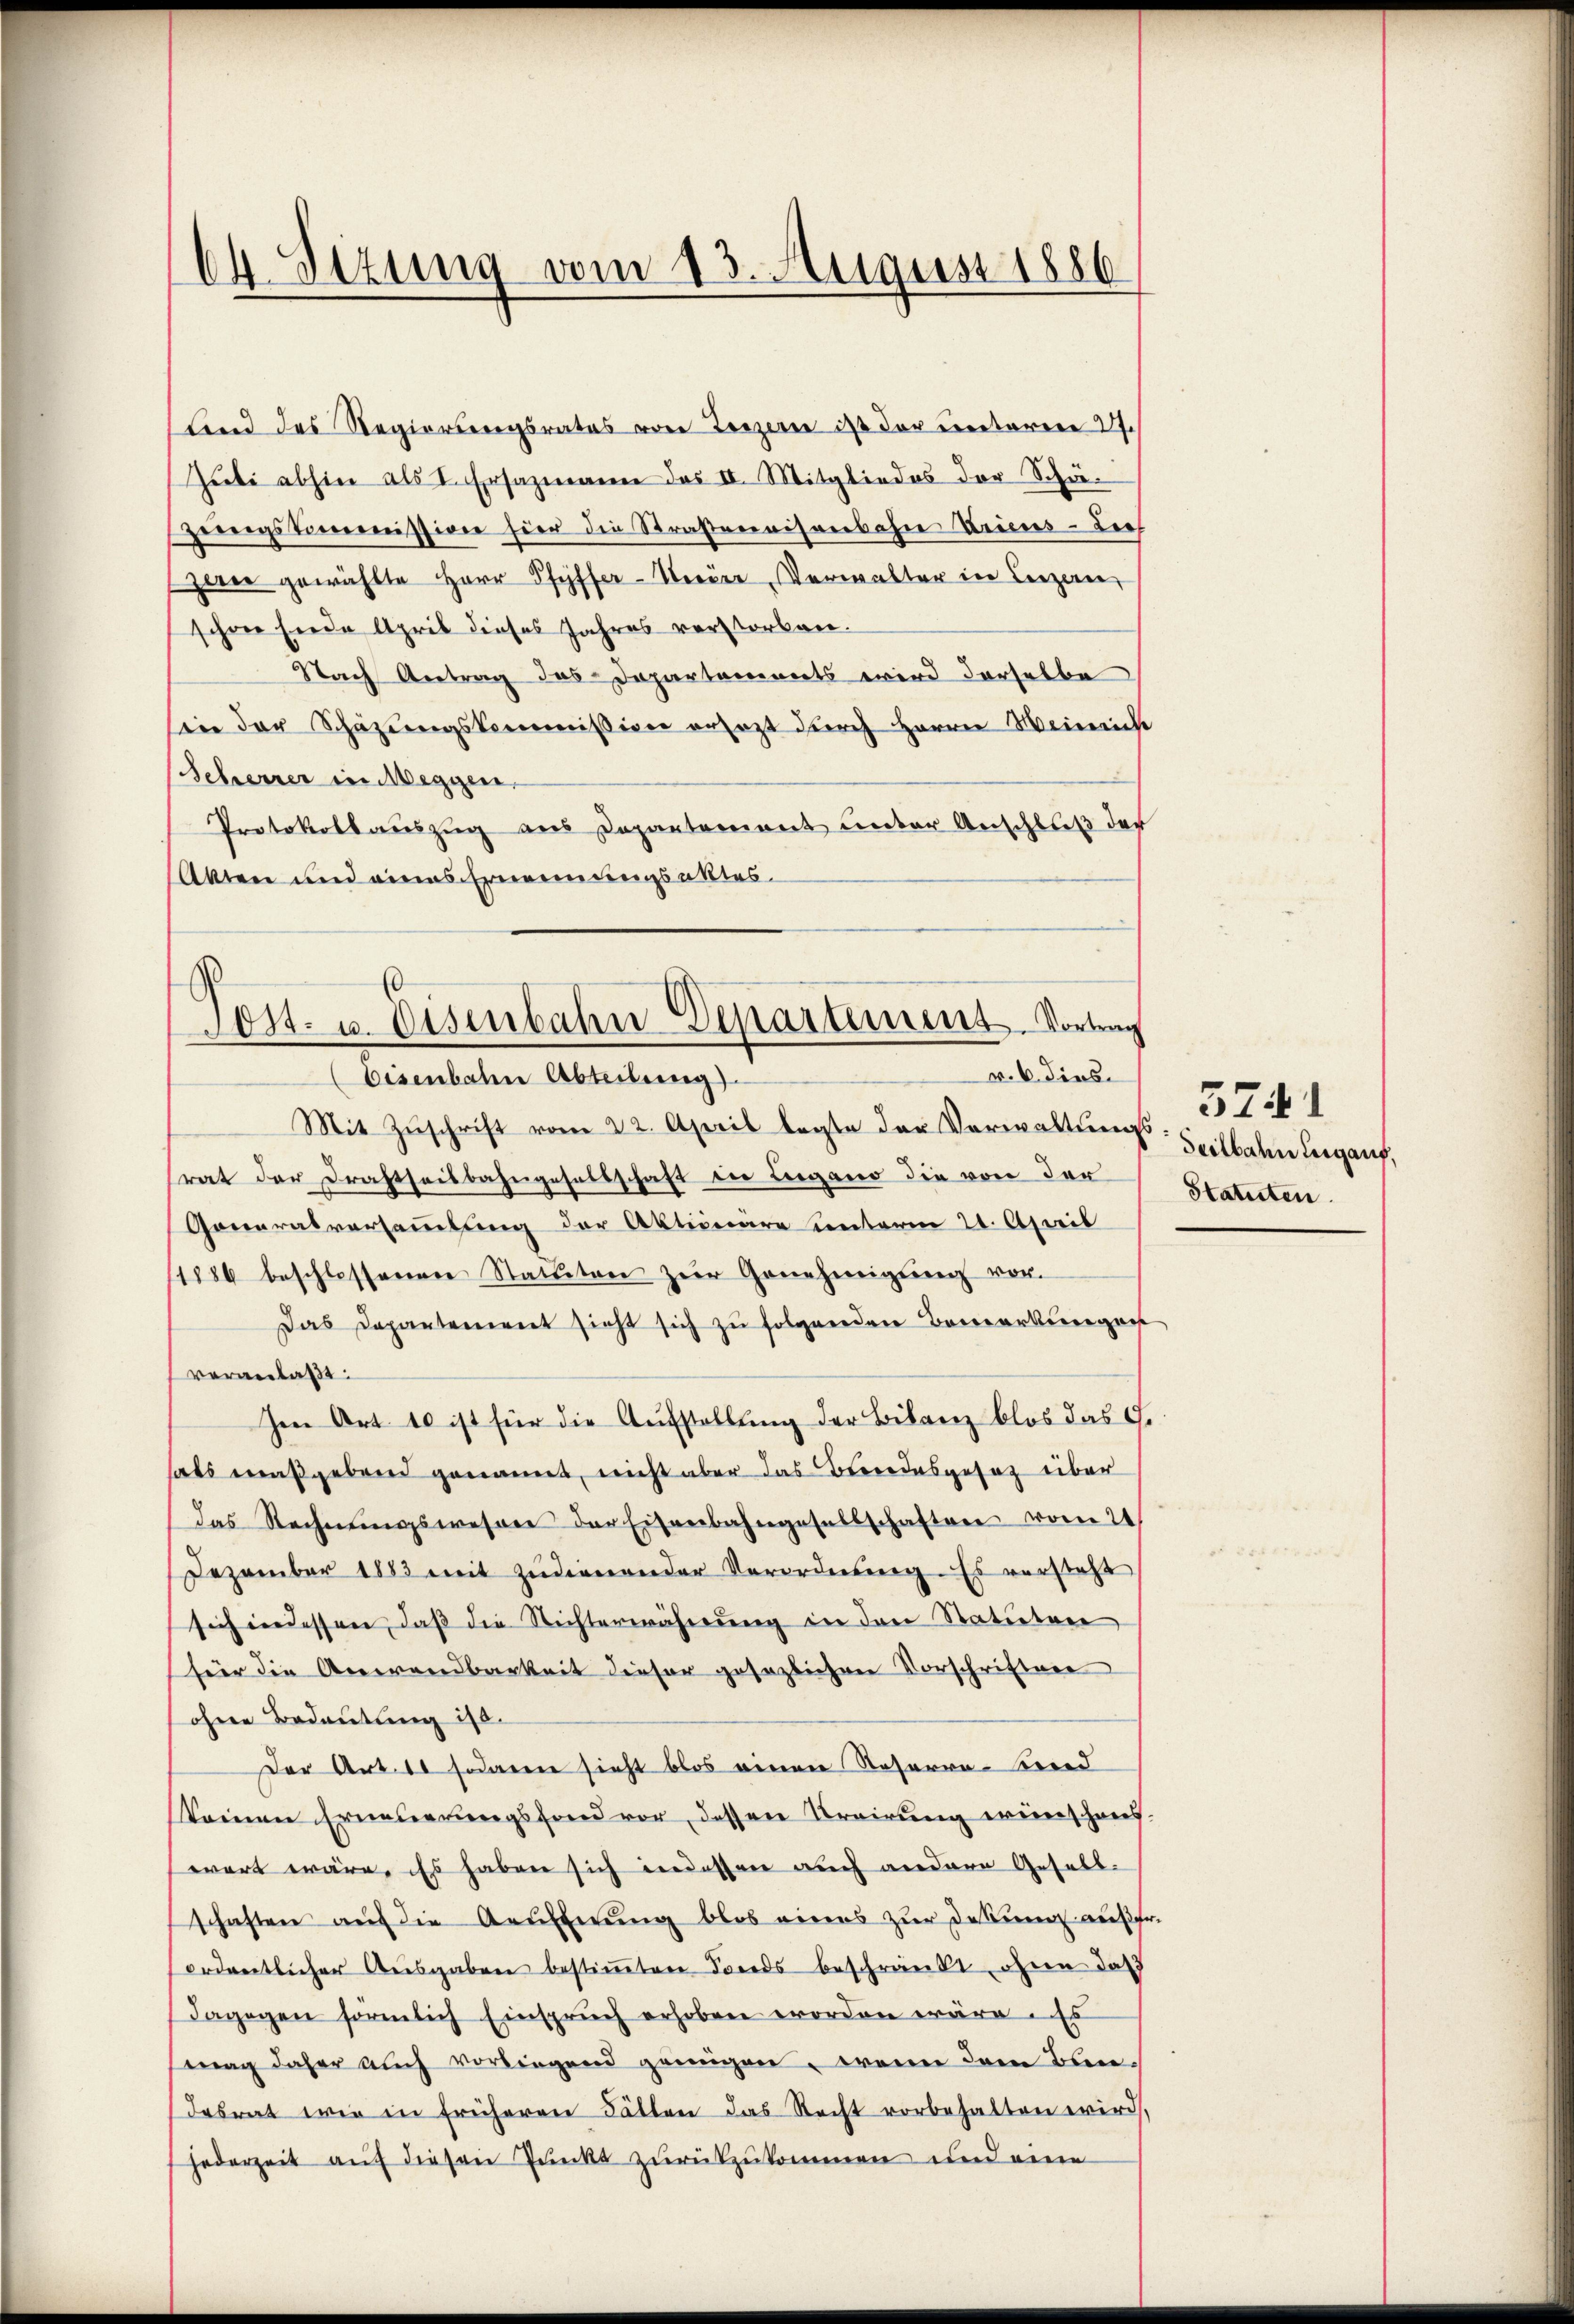
Ch. Sizung vom 13. August 1886

Land des Regierungsrates von Terzern ist der unteren 27.
Jŭli abhin als I. Ersazmann das II. Mitgliedes der Schö-
zerengstiermission hier die Straßenvisenbahn Vries - die
zerer gewählte Herr Pfyffer-Seeier Verwalter in Liezeren
schon Ende April dieses Jahres verstorben.
Nach Antrag das Departements wird derselbe
in der Schazungskommission ersezt durch Herrn Weinreiche
Scheurer in Weggen.
Protokollaŭszŭg ans Departement unter Anschluß der
Akten und eines Ernennungsaktes.

(
Sost- u. Eisenbahn Departement. Vortrag
v. 6. dies
bisenbahn Abteilung).

Mit Zuschrift vom 22. April legte der Verwaltungs: Seilbahn Leigauf,
rat der Drahtheisbahngesellschaft in Leigano die von der
Goneralversammlung der Aktionäre unterm 21. April
11886 beschlossenen Statuten zur Genehmigung vor.
Das Departement sieht sich zu folgenden Bemerkungen
veranlaßt:
Ien Art. 10 ist für die Aŭfstellŭng der Bilanz blos das G.
hals maßgebend genannt, nicht aber das Bundesgesetz über
das Rechnŭngswesen der Eisenbahngesellschaften vom 21
Dezember 1883 mit Zŭdienender Verordnung. Es versteht
sich indessen, daß die Richterwährung in den Statutarr
für die Anwendbarkeit dieser gesezlichen Vorschriften
ohne Bedeutung ist.
Der Art. 10 sodann sicht blos einen Reserva-Fried
keinen Erneuerungsfond vor, dessen Krairung wünschaus
wart wäre. Es haben sich eredessen auch andere Gesell-
schaften aŭf die Aeŭerŭng blos eines zŭr desŭng ausfr.
ordentlicher Aŭsgaben bestiṁten Fonds beschränkt, ohnen das
dagegen förmlich Einspruch erhoben worden wäre. Es
mag daher auch vorliegend genügen wenn dem Bundesrat wie in früheren Fällen das Recht vorbehalten wird,
jederzeit auf diesen Punkt zurückzukommen und eine

3741
Statuten.